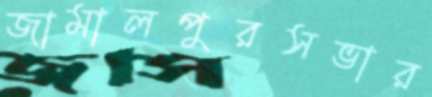
জামালপুরসভার